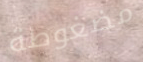
مضغوطة